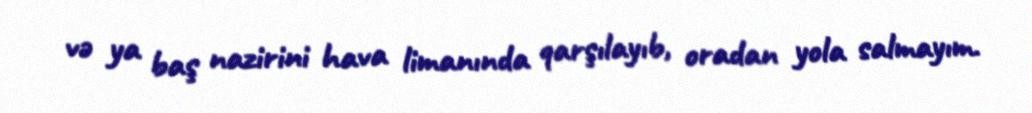
və ya baş nazirini hava limanında qarşılayıb, oradan yola salmayım.